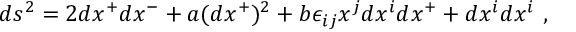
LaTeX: d s ^ { 2 } = 2 d x ^ { + } d x ^ { - } + a ( d x ^ { + } ) ^ { 2 } + b \epsilon _ { i j } x ^ { j } d x ^ { i } d x ^ { + } + d x ^ { i } d x ^ { i } ~ ,